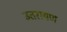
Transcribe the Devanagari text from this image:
उतरायण